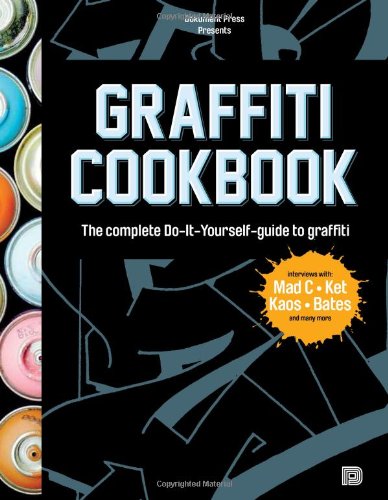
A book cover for Graffiti Cookbook: A Guide to Techniques and Materials; BjÃ¶rn Almqvist; Arts & Photography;